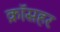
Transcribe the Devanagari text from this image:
क्रॉसहर